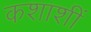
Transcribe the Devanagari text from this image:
कशाशीं